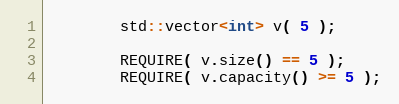
Language: C++
        std::vector<int> v( 5 );

        REQUIRE( v.size() == 5 );
        REQUIRE( v.capacity() >= 5 );